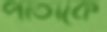
পাতাকে